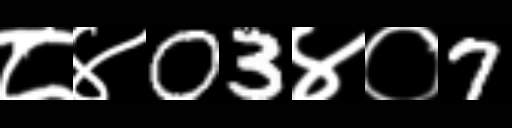
Text: ८४03४०7